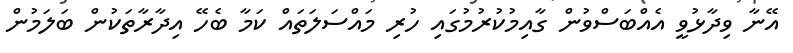
އޭނާ ވިދާޅުވީ އެއްބަސްވުން ގާއިމުކުރުމުގައި ހުރި މައްސަލަތައް ކަމާ ބެހޭ އިދާރާތަކުން ބަލަމުން